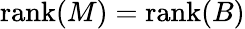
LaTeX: \operatorname{rank}(M)=\operatorname{rank}(B)